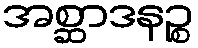
အစ္ဆာဒနဉ္စ